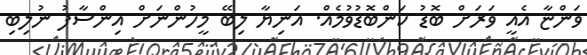
ވަންޏާ އެއީ ވަރަށް ބޮޑު ކަންބޮޑުވުމެއް. އަނިޔާ ލިބޭ މީހުންނަށް އިންސާފު ނުލިބި